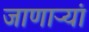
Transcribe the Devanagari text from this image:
जाणाऱ्यां